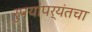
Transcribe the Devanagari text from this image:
रुपयांपर्यंतचा